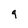
Character: q